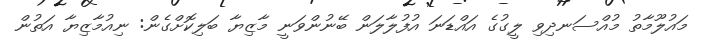
މައުލޫމާތު މުއްސަނދިވި ލީގުގެ އައްޑަނަ އުފުލާލަން ބޭނުންވަނީ މާޒިޔާ ބަލިކޮށްގެން: ނިއުމާޒިޔާ އަތުން